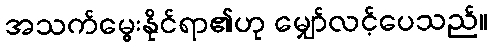
အသက်မွေးနိုင်ရာ၏ဟု မျှော်လင့်ပေသည်။